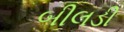
બીલડી